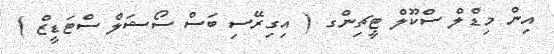
އިން މިޑްލް ސްކޫލް ޓީޗިންގ ( އިގިރޭސި ބަސް ސޯޝަލް ސްޓަޑީޒް )